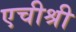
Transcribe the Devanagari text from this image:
एचीश्री